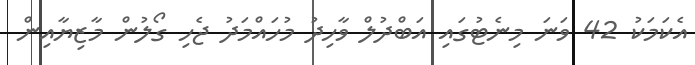
އެކަމަކު 42 ވަނަ މިނެޓުގައި އަބްދުލް ވާހިދު މުހައްމަދު ޖެހި ގޯލުން މާޒިޔާއިން